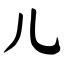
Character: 儿